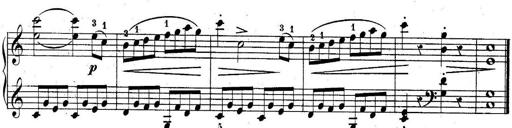
Title: 10 Sonatines progressives
Composer: Anton Schmoll